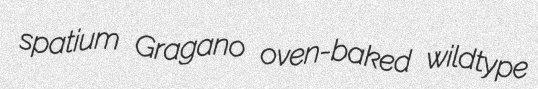
spatium Gragano oven-baked wildtype